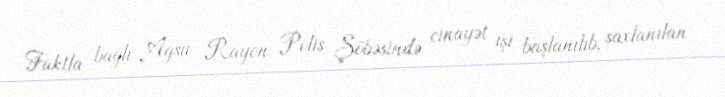
Faktla bağlı Ağsu Rayon Polis Şöbəsində cinayət işi başlanılıb, saxlanılan